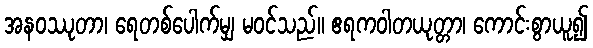
အနဝဿုတာ၊ ရေတစ်ပေါက်မျှ မဝင်သည်။ ဧရကဝါတယုတ္တာ၊ ကောင်းစွာယူ၍